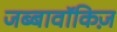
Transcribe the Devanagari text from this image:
जब्बावॉकिज़